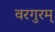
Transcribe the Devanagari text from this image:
वरगुरम्